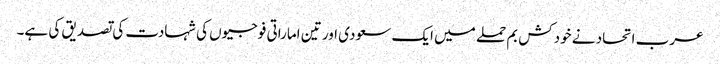
عرب اتحاد نے خودکش بم حملے میں ایک سعودی اور تین اماراتی فوجیوں کی شہادت کی تصدیق کی ہے۔